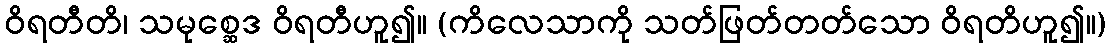
ဝိရတီတိ၊ သမုစ္ဆေဒ ဝိရတီဟူ၍။ (ကိလေသာကို သတ်ဖြတ်တတ်သော ဝိရတိဟူ၍။)